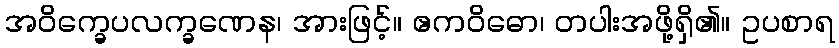
အဝိက္ခေပလက္ခဏေန၊ အားဖြင့်။ ဧကဝိဓော၊ တပါးအဖို့ရှိ၏။ ဥပစာရ